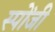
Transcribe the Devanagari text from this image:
स्पोंजी